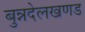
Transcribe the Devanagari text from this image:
बुन्नदेलखणड